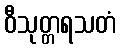
ဝီသုတ္တရသတံ